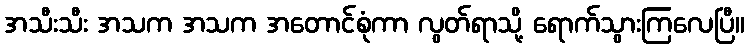
အသီးသီး အသက အသက အတောင်စုံကာ လွတ်ရာသို့ ရောက်သွားကြလေပြီ။